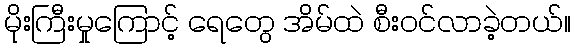
မိုးကြီးမှုကြောင့် ရေတွေ အိမ်ထဲ စီးဝင်လာခဲ့တယ်။